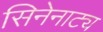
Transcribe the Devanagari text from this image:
सिनेनाट्य